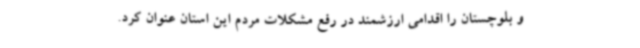
و بلوچستان را اقدامی ارزشمند در رفع مشکلات مردم این استان عنوان کرد.